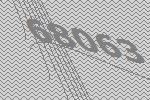
68063